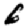
Digit: 6